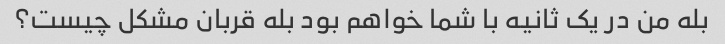
بله من در یک ثانیه با شما خواهم بود بله قربان مشکل چیست؟